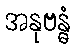
အနုဗန္ဓံ